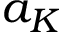
a _ { K }